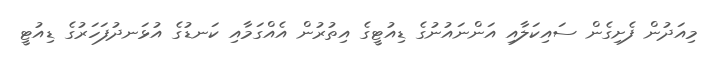
މިއަދުން ފެށިގެން ސައިކަލާއި އަންނައުނުގެ ޑިއުޓީގެ އިތުރުން އެއްގަމާއި ކަނޑުގެ އުޅަނދުފަހަރުގެ ޑިއުޓީ